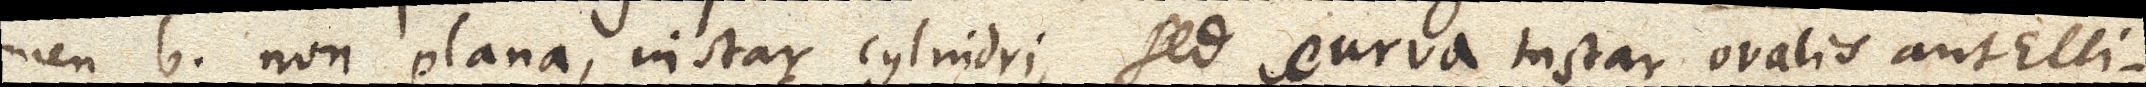
men b non plana, instar cylindri, sed curva instar ovalis aut Elli